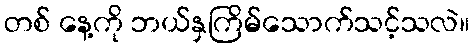
တစ် နေ့ကို ဘယ်နှကြိမ်သောက်သင့်သလဲ။